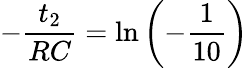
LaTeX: -\frac{t_{2}}{RC}=\ln{\left(-\frac{1}{10}\right)}